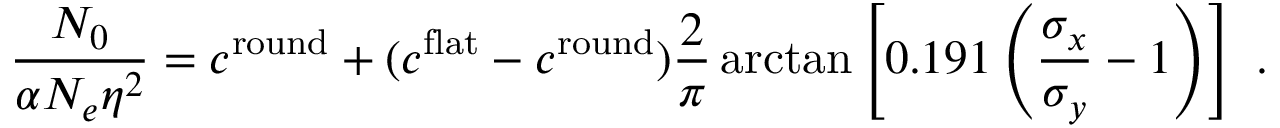
{ \frac { N _ { 0 } } { \alpha N _ { e } \eta ^ { 2 } } } = c ^ { \mathrm { r o u n d } } + ( c ^ { \mathrm { f l a t } } - c ^ { \mathrm { r o u n d } } ) { \frac { 2 } { \pi } } \arctan \left[ 0 . 1 9 1 \left( { \frac { \sigma _ { x } } { \sigma _ { y } } } - 1 \right) \right] \ .